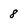
Character: 8